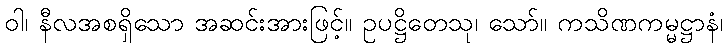
ဝါ၊ နီလအစရှိသော အဆင်းအားဖြင့်။ ဥပဋ္ဌိတေသု၊ သော်။ ကသိဏကမ္မဋ္ဌာနံ၊